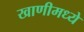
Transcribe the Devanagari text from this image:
खाणीमध्ये